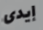
إيدى